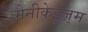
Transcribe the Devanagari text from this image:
मैनीकेइज़्म